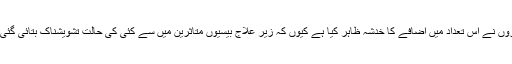
ڈاکٹروں نے اس تعداد میں اضافے کا خدشہ ظاہر کیا ہے کیوں کہ زیر علاج بیسیوں متاثرین میں سے کئی کی حالت تشویشناک بتائی گئی ہے۔